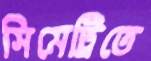
সিমেট্রিতে